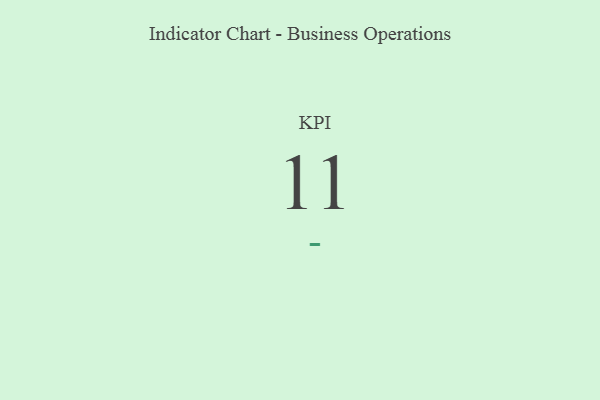
{"axis": {"x": "KPI", "y": "Value"}, "legend": [""], "data": [{"x": "KPI", "y": 11, "type": ""}]}